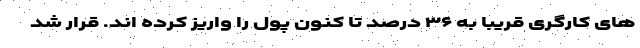
های کارگری قریبا به ۳۶ درصد تا کنون پول را واریز کرده اند. قرار شد